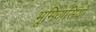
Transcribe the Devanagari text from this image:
भूमिवासियों